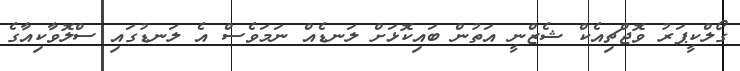
ގޯލްކީޕަރު ވޮޖްޗިއެކް ޝެޒްނީ އަތުން ބައިކޮޅަށް ލަނޑެއް ނަމަވެސް އެ ލަނޑުގައި ސްލޮވާކިއާގެ